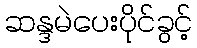
ဆန္ဒမဲပေးပိုင်ခွင့်